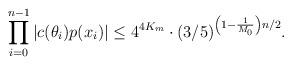
LaTeX: \begin{align*}\prod \limits_{i=0}^{n-1} |c(\theta_i)p(x_i)| \leq 4^{4K_m} \cdot (3/5)^{\left(1 - \frac1{M_0} \right)n/2}.\end{align*}